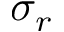
\sigma _ { r }